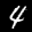
Label: 4